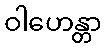
ဝါဟေန္တာ